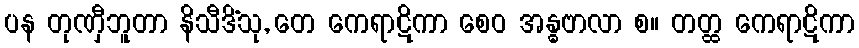
ပန တုဏှီဘူတာ နိသီဒိံသု, တေ ကေရာဋိကာ စေဝ အန္ဓဗာလာ စ။ တတ္ထ ကေရာဋိကာ